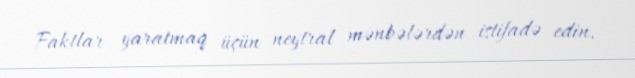
Faktlar yaratmaq üçün neytral mənbələrdən istifadə edin.